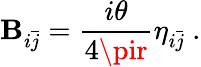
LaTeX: \mathbf{B}_{i\bar{{j}}}=\frac{{i\theta}}{{4\pir}}\eta_{i\bar{{j}}}\ .